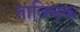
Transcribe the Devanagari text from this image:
तात्‍त्‍विक